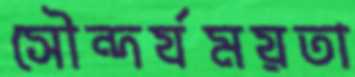
সৌন্দর্যময়তা